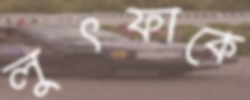
লুৎফাকে